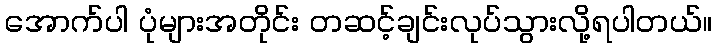
အောက်ပါ ပုံများအတိုင်း တဆင့်ချင်းလုပ်သွားလို့ရပါတယ်။